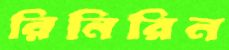
রিনিরিন